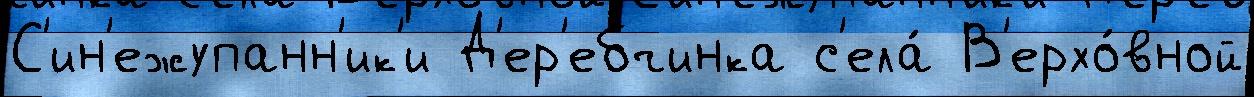
С'ин'ежупанн'ик'и Д'ер'ебчинка с'ела́ В'ерхо́вной